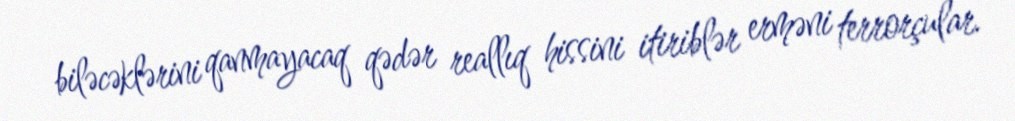
biləcəklərini qanmayacaq qədər reallıq hissini itiriblər erməni terrorçular.